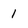
Character: 1